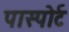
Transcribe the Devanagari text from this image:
पास्पोर्ट